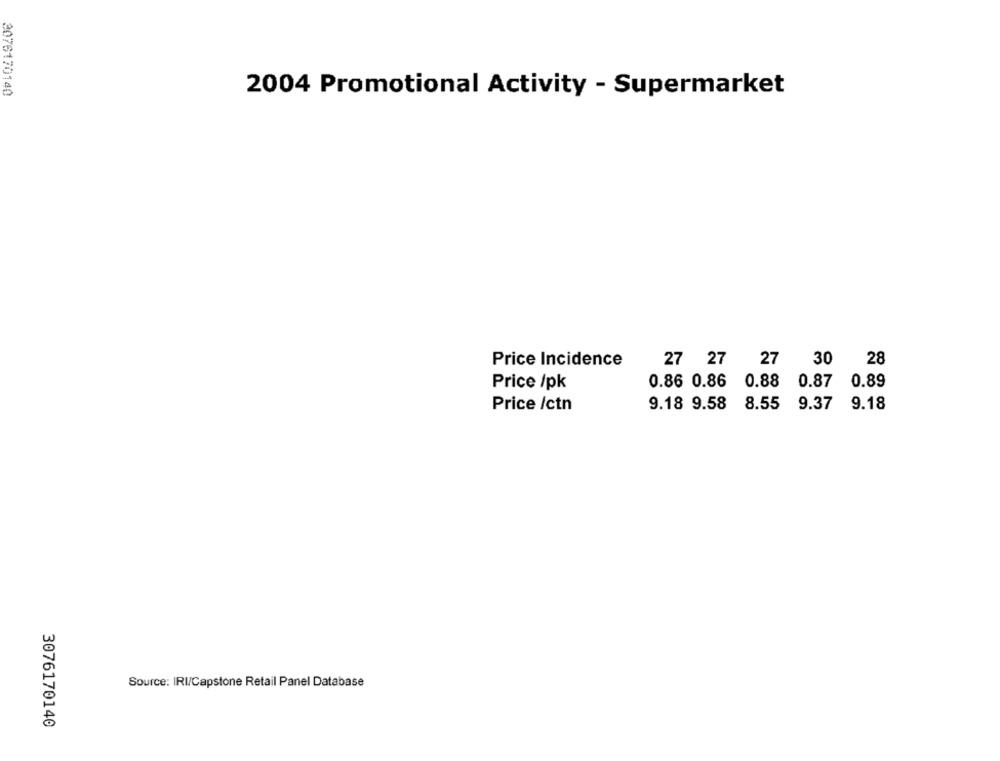
2076170140
2004 Promotional Activity - Supermarket
Price Incidence
27 27
27 30
28
Price /pk
0.86 0.86 0.88
0.87 0.89
Price /ctn
9.18 9.58 8.55
9.37 9.18
Source: IRI/Capstone Retail Panel Database
3076170140